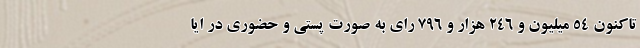
تاکنون ۵۴ میلیون و ۲۴۶ هزار و ۷۹۶ رای به صورت پستی و حضوری در ایا